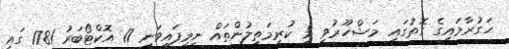
ހަގުރާމައިގެ ގޮތުގައި މަޝްހޫރުވި މި ކުރިމަތިލުންތައް ނިމިފައިވަނީ 17 އޮކްޓޯބަރު 1781 ގައި